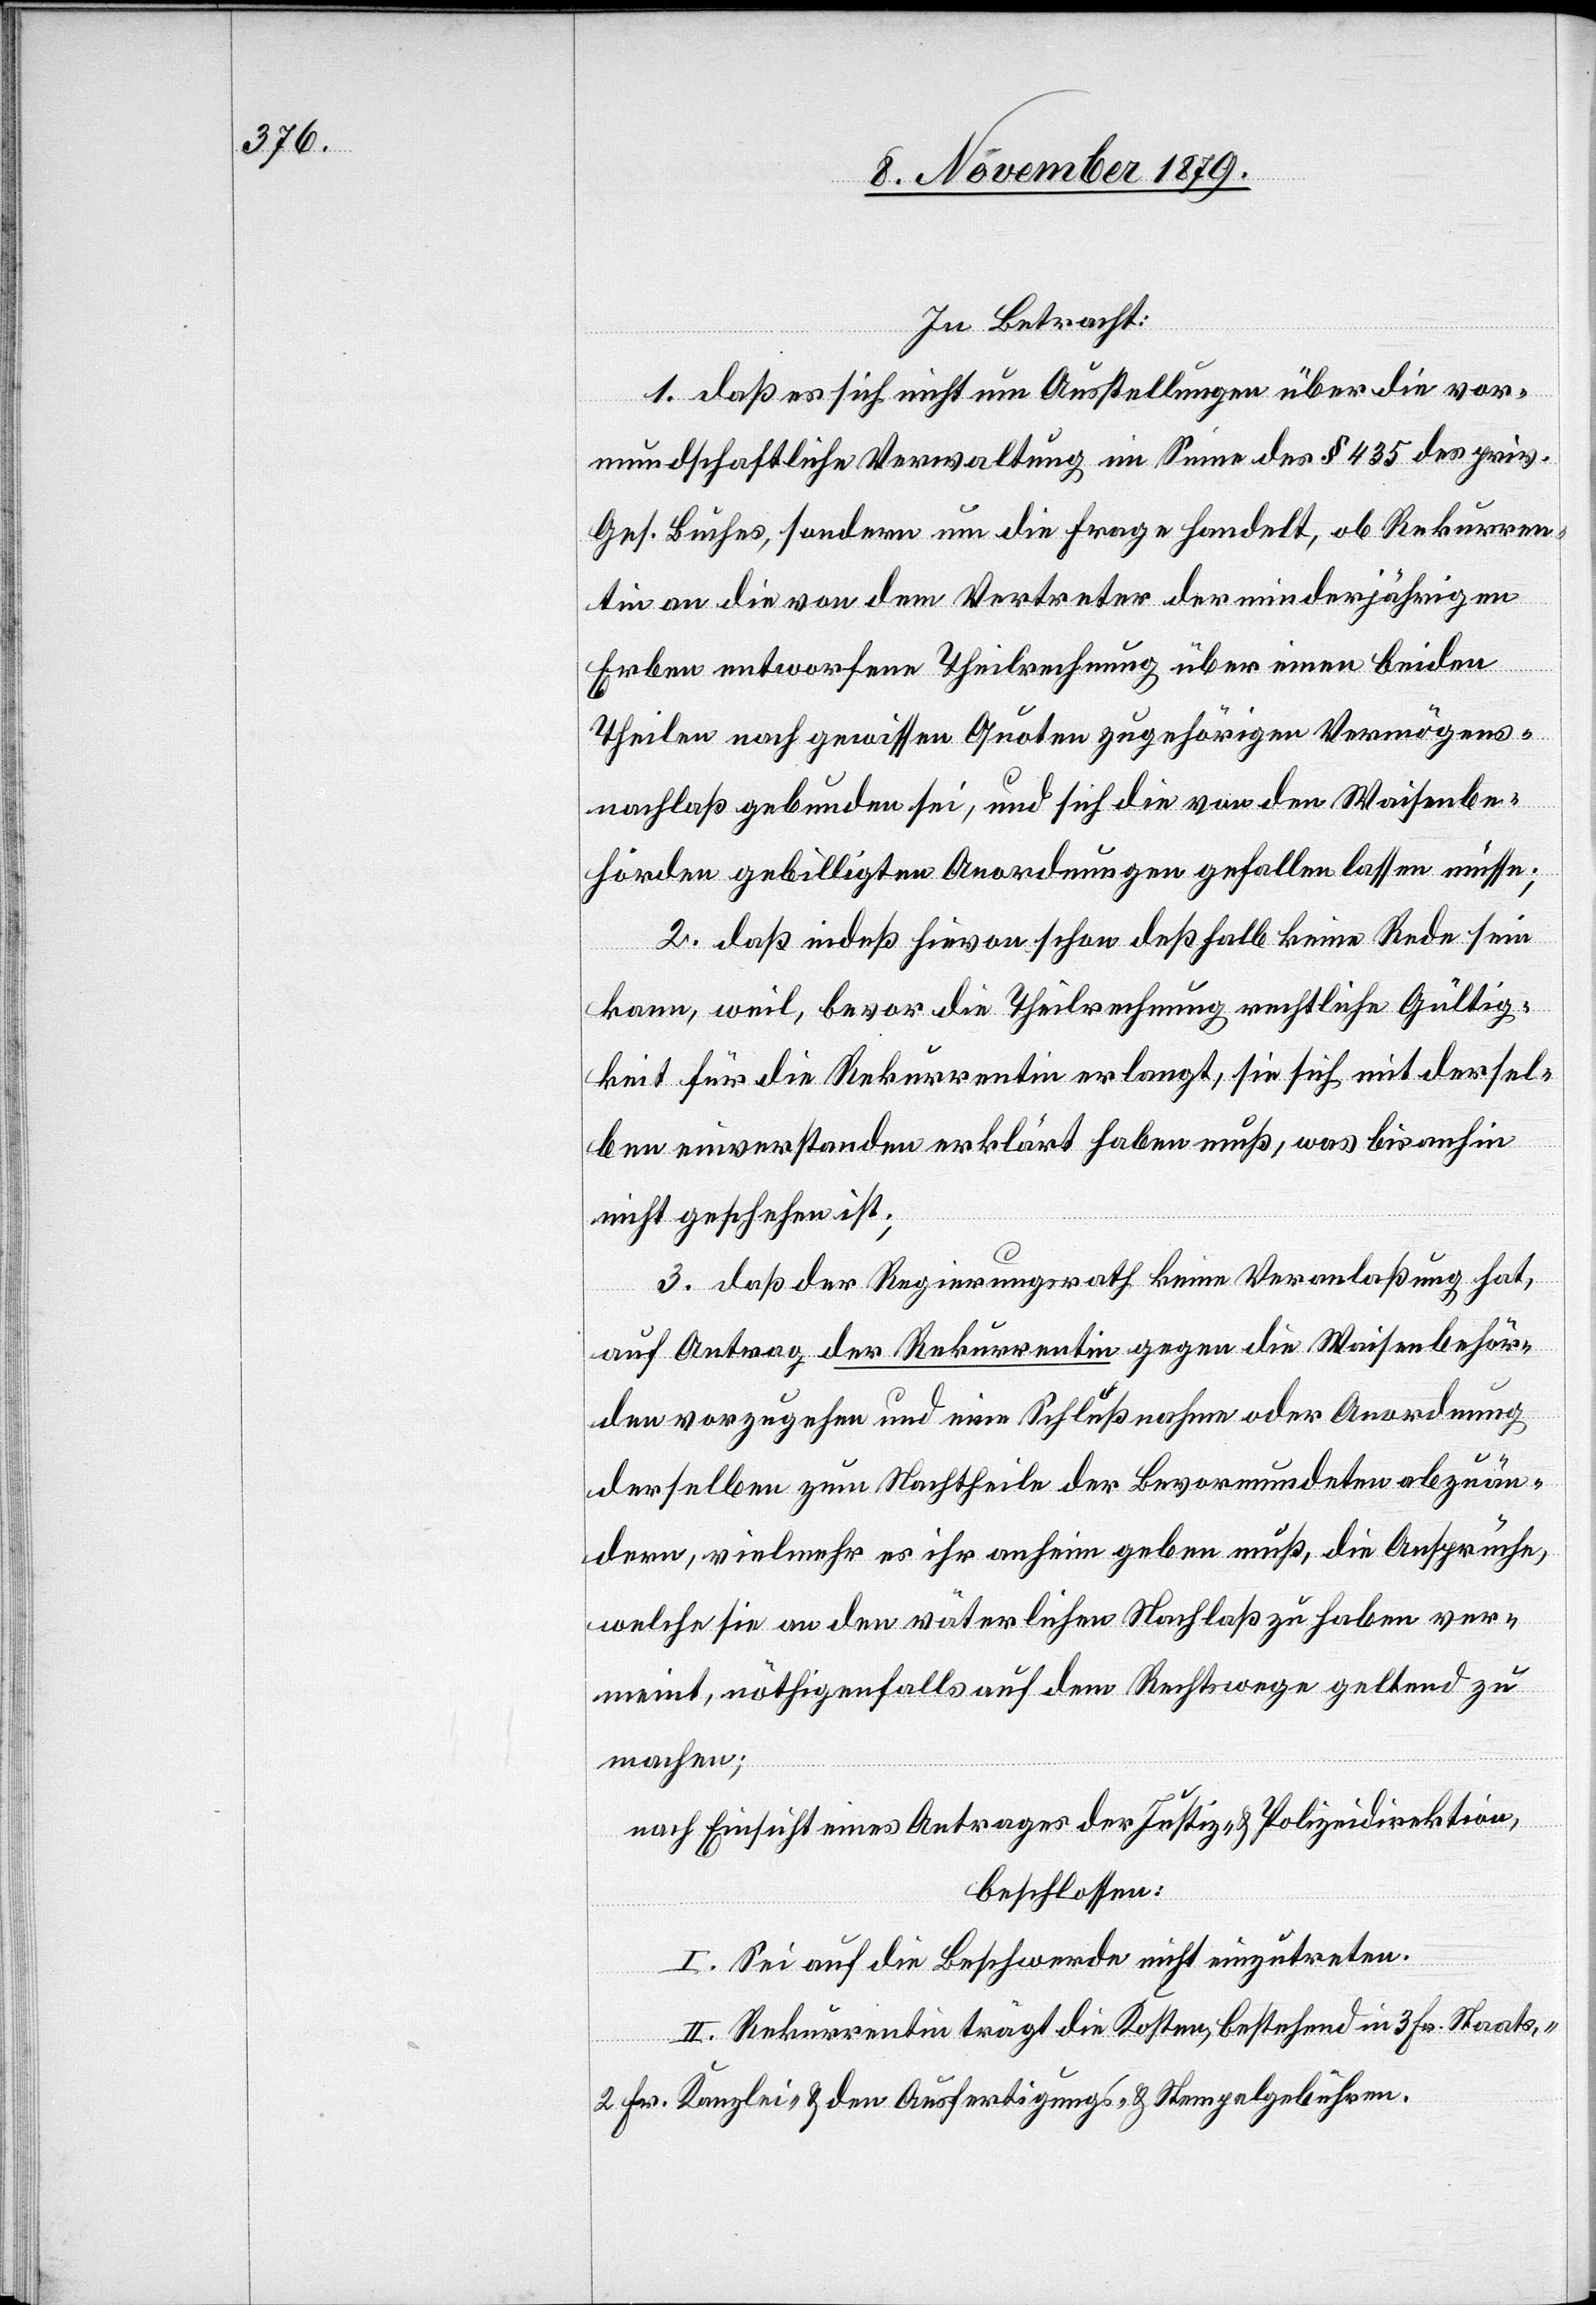
In Betracht:
1. daß es sich nicht um Ausstellungen über die vor¬
mundschaftliche Verwaltung im Sinne des § 435 des priv.
Ges. Buches, sondern um die Frage handelt, ob Rekurren¬
tin an die von dem Vertreter der minderjährigen
Erben entworfene Theilrechnung über einen beiden
Theilen nach gewissen Quoten zugehörigen Vermögens¬
nachlaß gebunden sei, und sich die von den Waisenbe¬
hörden gebilligten Anordnungen gefallen lassen müsse;
2. daß indeß hievon schon deßhalb keine Rede sein
kann, weil, bevor die Theilrechnung rechtliche Gültig¬
keit für die Rekurrentin erlangt, sie sich mit dersel¬
ben einverstanden erklärt haben muß, was bis anhin
nicht geschehen ist;
3. daß der Regierungsrath keine Veranlaßung hat,
auf Antrag der Rekurrentin gegen die Waisenbehör¬
den vorzugehen und eine Beschlußnahme oder Anordnung
derselben zum Nachtheile der Bevormundeten abzuän¬
dern, vielmehr es ihr anheim geben muß, die Ansprüche,
welche sie an den väterlichen Nachlaß zu haben ver¬
meint, nöthigenfalls auf dem Rechtswege geltend zu
machen;
nach Einsicht eines Antrages der Justiz- & Polizeidirektion,
beschlossen:
I. Sei auf die Beschwerde nicht einzutreten.
II: Rekurrentin trägt die Kosten, bestehend in 3 Fr. Staats-,
2 Fr. Kanzlei- & den Ausfertigungs- & Stempelgebühren.